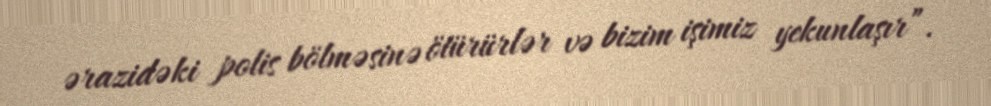
ərazidəki polis bölməsinə ötürürlər və bizim işimiz yekunlaşır”.